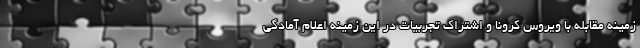
زمینه مقابله با ویروس کرونا و اشتراک تجربیات در این زمینه اعلام آمادگی